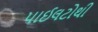
પાઈલટોથી